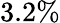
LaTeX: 3.2\%